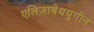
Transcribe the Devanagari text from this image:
एलिज़ाबेथयुगीन